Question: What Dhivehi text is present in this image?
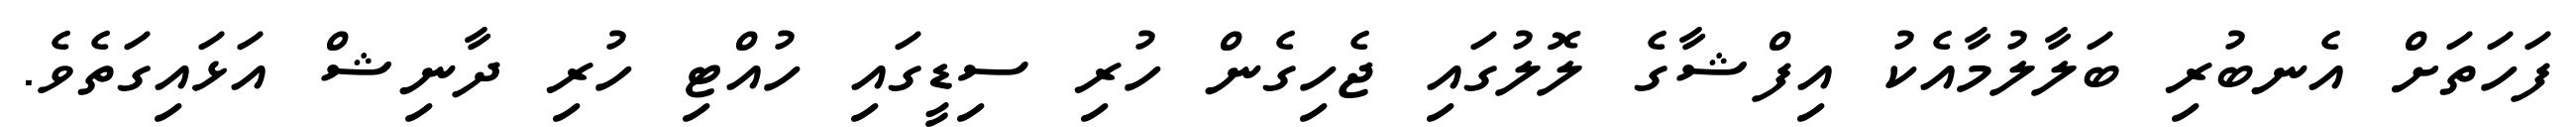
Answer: ފަހަތަށް އެނބުރި ބަލާލުމާއެކު އިފްޝާގެ ލޮލުގައި ޖެހިގެން ހުރި ސިޑީގައި ހުއްޓި ހުރި ދާނިޝް އަޅައިގަތެވެ.